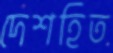
দেশহিত